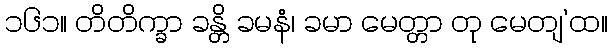
၁၆၁။ တိတိက္ခာ ခန္တိ ခမနံ၊ ခမာ မေတ္တာ တု မေတျ’ထ။